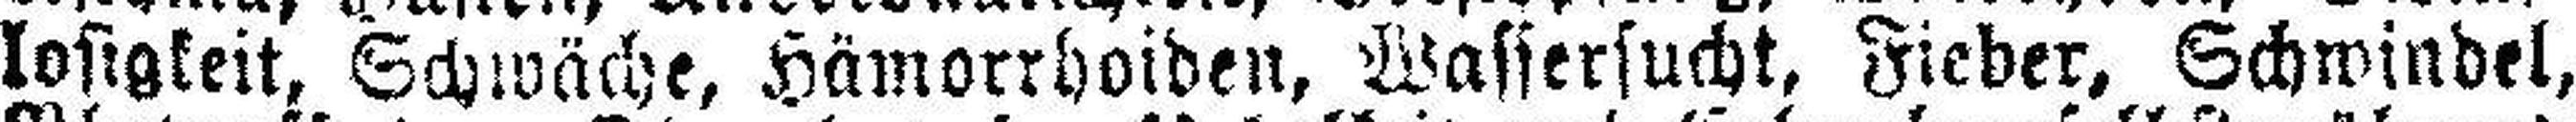
losigkeit, Schwäche, Hämorrhoiden, Wassersucht, Fieder, Schwindel,